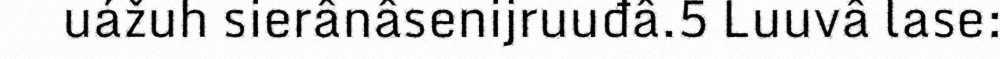
uážuh sierânâsenijruuđâ.5 Luuvâ lase: